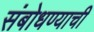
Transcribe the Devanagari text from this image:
संबोधण्याची